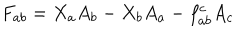
F _ { a b } = X _ { a } A _ { b } - X _ { b } A _ { a } - f _ { a b } ^ { c } A _ { c }